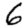
Digit: 6